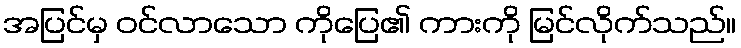
အပြင်မှ ဝင်လာသော ကိုပြေ၏ ကားကို မြင်လိုက်သည်။